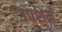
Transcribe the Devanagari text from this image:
उपशम